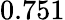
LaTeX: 0.751